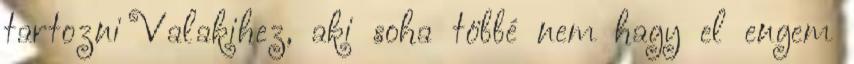
tartozni Valakihez, aki soha többé nem hagy el engem